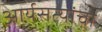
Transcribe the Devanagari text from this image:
आर्यसत्यांचा